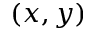
( x , y )